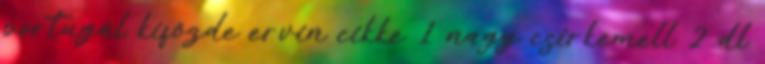
portugál kifőzde ervin cikke 1 nagy csirkemell 2 dl